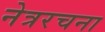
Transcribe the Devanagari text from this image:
नेत्ररचना